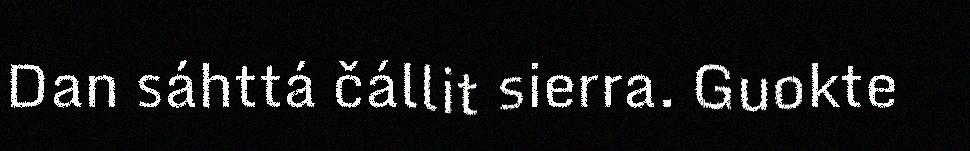
Dan sáhttá čállit sierra. Guokte